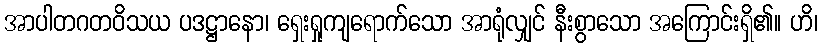
အာပါတဂတဝိသယ ပဒဋ္ဌာနော၊ ရှေးရှုကျရောက်သော အာရုံလျှင် နီးစွာသော အကြောင်းရှိ၏။ ဟိ၊